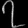
Digit: ၇